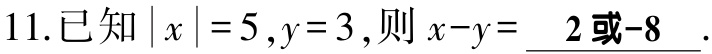
11.已知\(\vert x\vert = 5,y = 3\),则\(x - y=\underline{ 2或-8 }\).